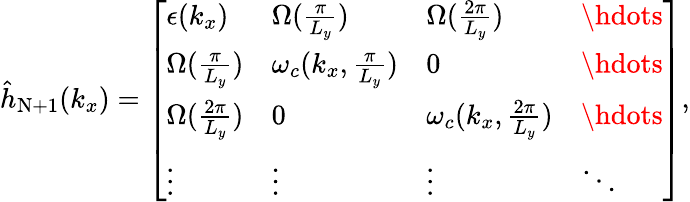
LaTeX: \begin{array}{r}{{\hat{h}}_{\mathrm{N+1}}({k_{x}})=\left[\begin{array}{llll}{\epsilon(k_{x})}&{{\Omega}(\frac{\pi}{L_{y}})}&{{\Omega}(\frac{2\pi}{L_{y}})}&{\hdots}\\ {{\Omega}(\frac{\pi}{L_{y}})}&{\omega_{c}({k_{x},\frac{\pi}{L_{y}}})}&{0}&{\hdots}\\ {{\Omega}(\frac{2\pi}{L_{y}})}&{0}&{\omega_{c}({k_{x},\frac{2\pi}{L_{y}}})}&{\hdots}\\ {\vdots}&{\vdots}&{\vdots}&{\ddots}\end{array}\right],}\end{array}